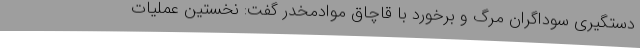
دستگیری سوداگران مرگ و برخورد با قاچاق موادمخدر گفت: نخستین عملیات